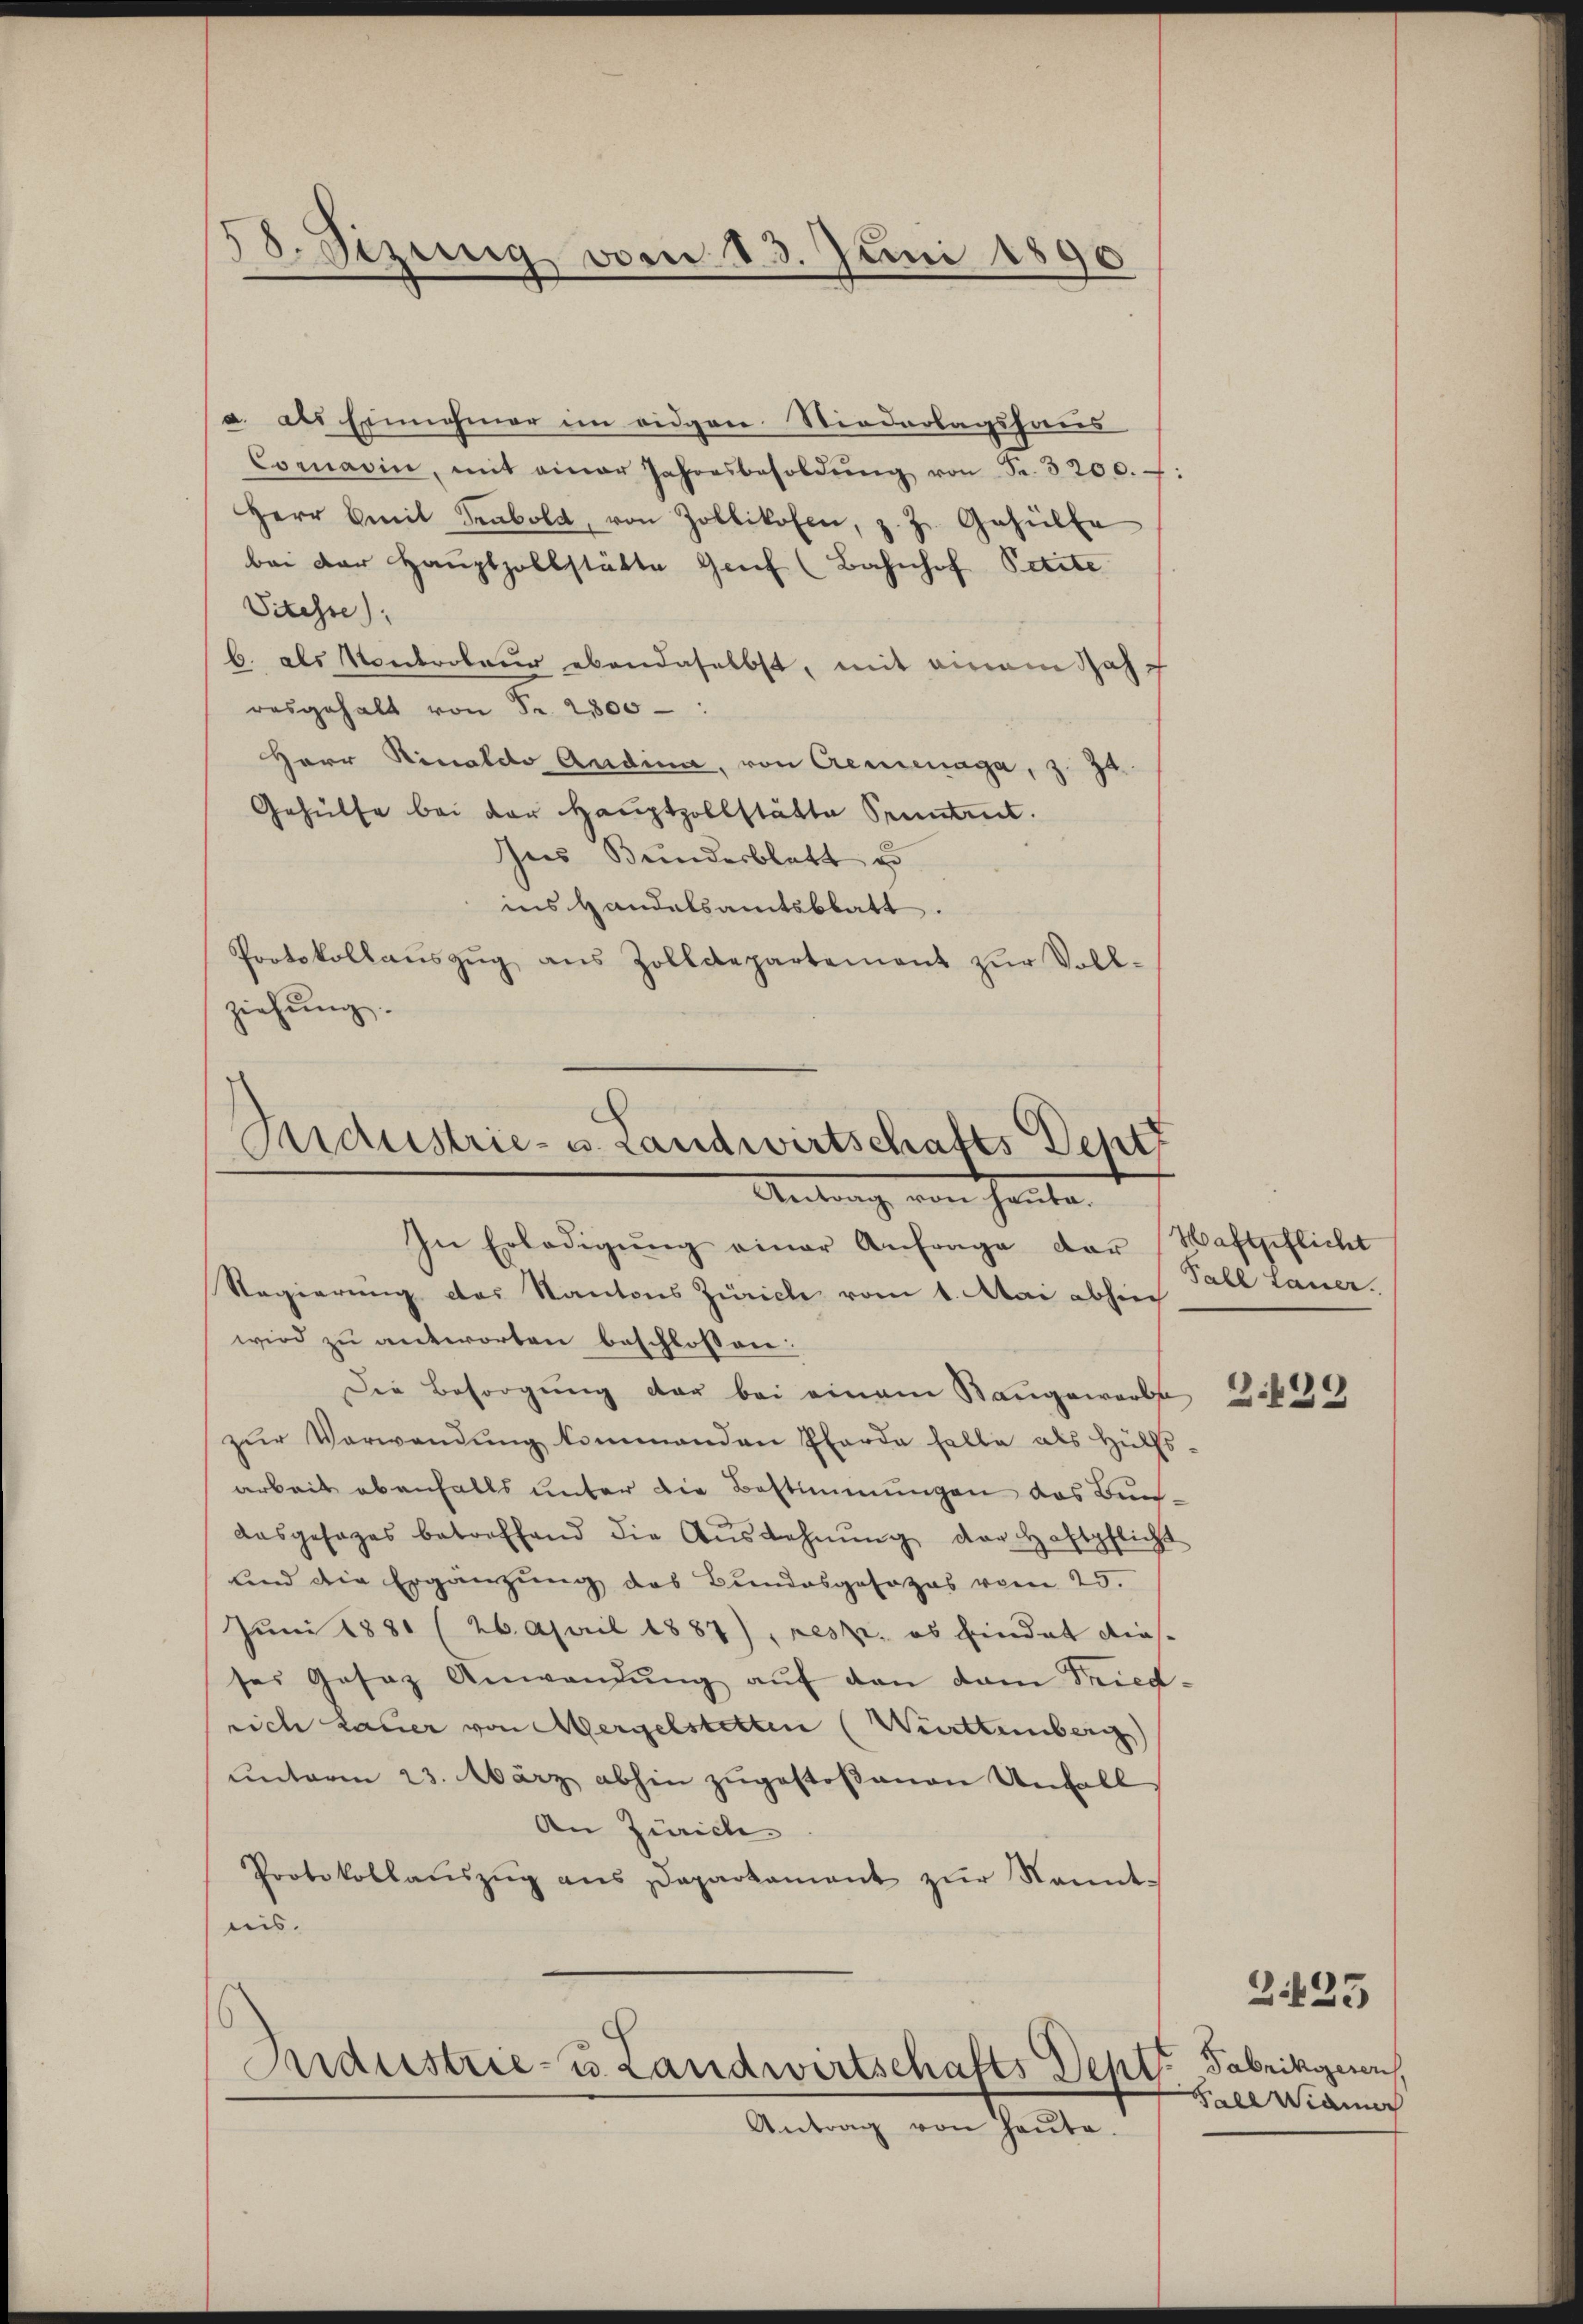
58. Sizung von 13. Juni 1890

a. als Einnahmer im eidgen Niederlagshaus
Comarin, mit einer Jahresbesoldŭng von Fr. 3200. :
Herr Emil Senbold, von Zollikofen, z. Z. Gehülfe
bei der Hauptzollstätte Genf (Bahnhof Petite
Sitesse),
b. als Vorderoleur ebendaselbst, mit einem Jahrasgehalt von Fr. 2800
Herr Finaldo Audina, von Aeminaga, z. 34.
Gehülfe bei der Hauptzollstätte Kennten.
Ins Bundesblatt e
ins Handelsamtsblatt.
Protokollaŭszŭg aŭs Zolldepartement zŭr Voll-
ziehung.

Aidustrie- u. Landwirtschafts Deput
Antrag von heute

In Erledigŭng einer Anfrage der Haftpflicht
Regierung des Kantons Zürich vom 1. Mai abhiec
wird zu antworten beschlossen:
Die Besorgung der bei einem Rangewerbs
zŭr Verwendŭng kommenden Pferde falle als Hülfs
arbeit ebenfalls unter die Bestimmungen das Bun-
Ausgesages betreffend die Aŭszahnŭng der Haftpflicht
lend die Ergänzung des Bundesgosozas vom 25.
Jŭni 1881 (26. April 1887), resp. es findet diesses Gesaz Anwendŭng aŭf den dam Fried-
rich dauer von Wergelstetten (Württemberg)
unterm 23. März abhin zugestoßenen Unfall
An Zürich
Protokollaŭszŭg ans Daparkament zŭr Nandt-
nis.
Aidustrie- u. Landwirtschafts Dents
Antrag von heute.

Fall lauer.

Z.439

Fabrikieren,
Fell Wiann

2425